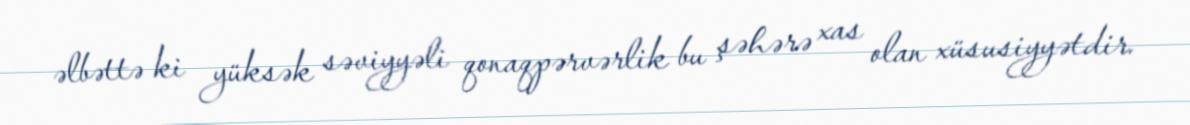
əlbəttə ki yüksək səviyyəli qonaqpərvərlik bu şəhərə xas olan xüsusiyyətdir.